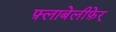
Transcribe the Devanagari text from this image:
फ़्लाबेलीफ़ेर्